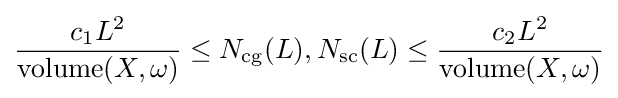
{\frac {c_{1}L^{2}}{\operatorname {volume} (X,\omega )}}\leq N_{\mathrm {cg} }(L),N_{\mathrm {sc} }(L)\leq {\frac {c_{2}L^{2}}{\operatorname {volume} (X,\omega )}}